Report of an investigation of the epidemic of malarial fever in Assam, or, kala-azar
Disease focus: Malaria
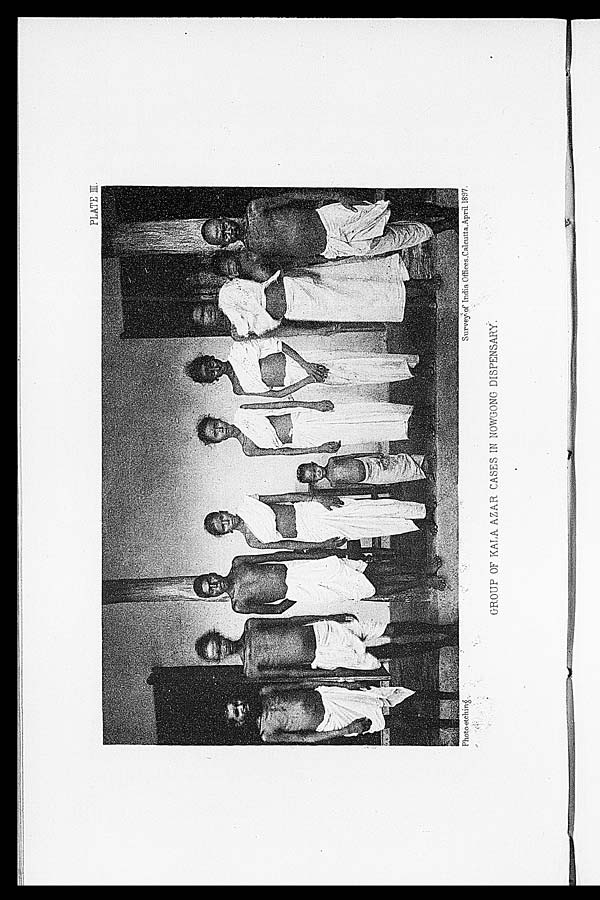
Photo-etching.
Survey of India Offices,Calcutta, April 1897.
PLATE III
GROUP OF KALA AZAR CASES IN NOWGONG DISPENSARY.